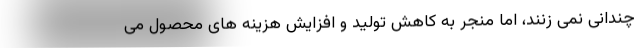
چندانی نمی زنند، اما منجر به کاهش تولید و افزایش هزینه های محصول می